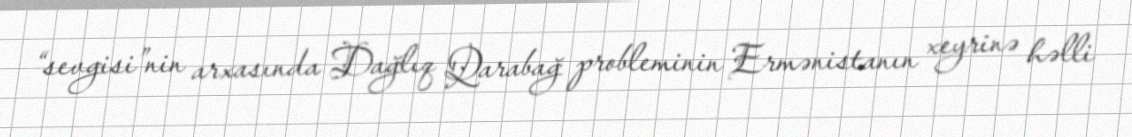
“sevgisi”nin arxasında Dağlıq Qarabağ probleminin Ermənistanın xeyrinə həlli